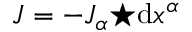
J = - J _ { \alpha } { \star } \mathrm { d } x ^ { \alpha }